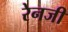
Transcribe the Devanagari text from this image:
रेनजी